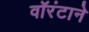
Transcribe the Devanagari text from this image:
वॉरंटाने